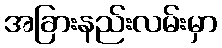
အခြားနည်းလမ်းမှာ